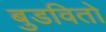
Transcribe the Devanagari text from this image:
बुडवितो